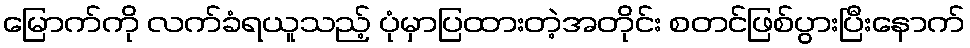
မြောက်ကို လက်ခံရယူသည့် ပုံမှာပြထားတဲ့အတိုင်း စတင်ဖြစ်ပွားပြီးနောက်